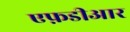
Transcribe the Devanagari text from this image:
एफ़डीआर